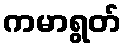
ကမာရွတ်